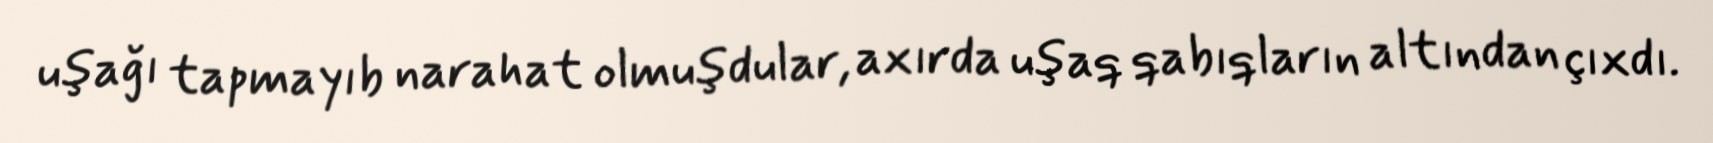
uşağı tapmayıb narahat olmuşdular, axırda uşaq qabıqların altından çıxdı.